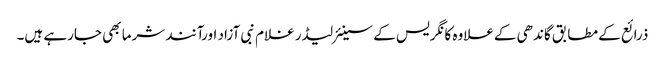
ذرائع کے مطابق گاندھی کےعلاوہ کانگریس کے سینئرلیڈر غلام نبی آزاد اورآنند شرما بھی جارہے ہیں۔